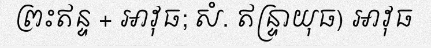
ព្រះឥន្ទ + អាវុធ; សំ. ឥន្ទ្រាយុធ) អាវុធ